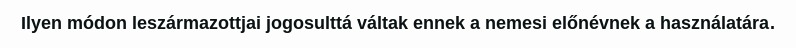
Ilyen módon leszármazottjai jogosulttá váltak ennek a nemesi előnévnek a használatára.